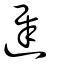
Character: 遲